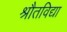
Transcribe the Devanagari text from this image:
श्रौतविद्या